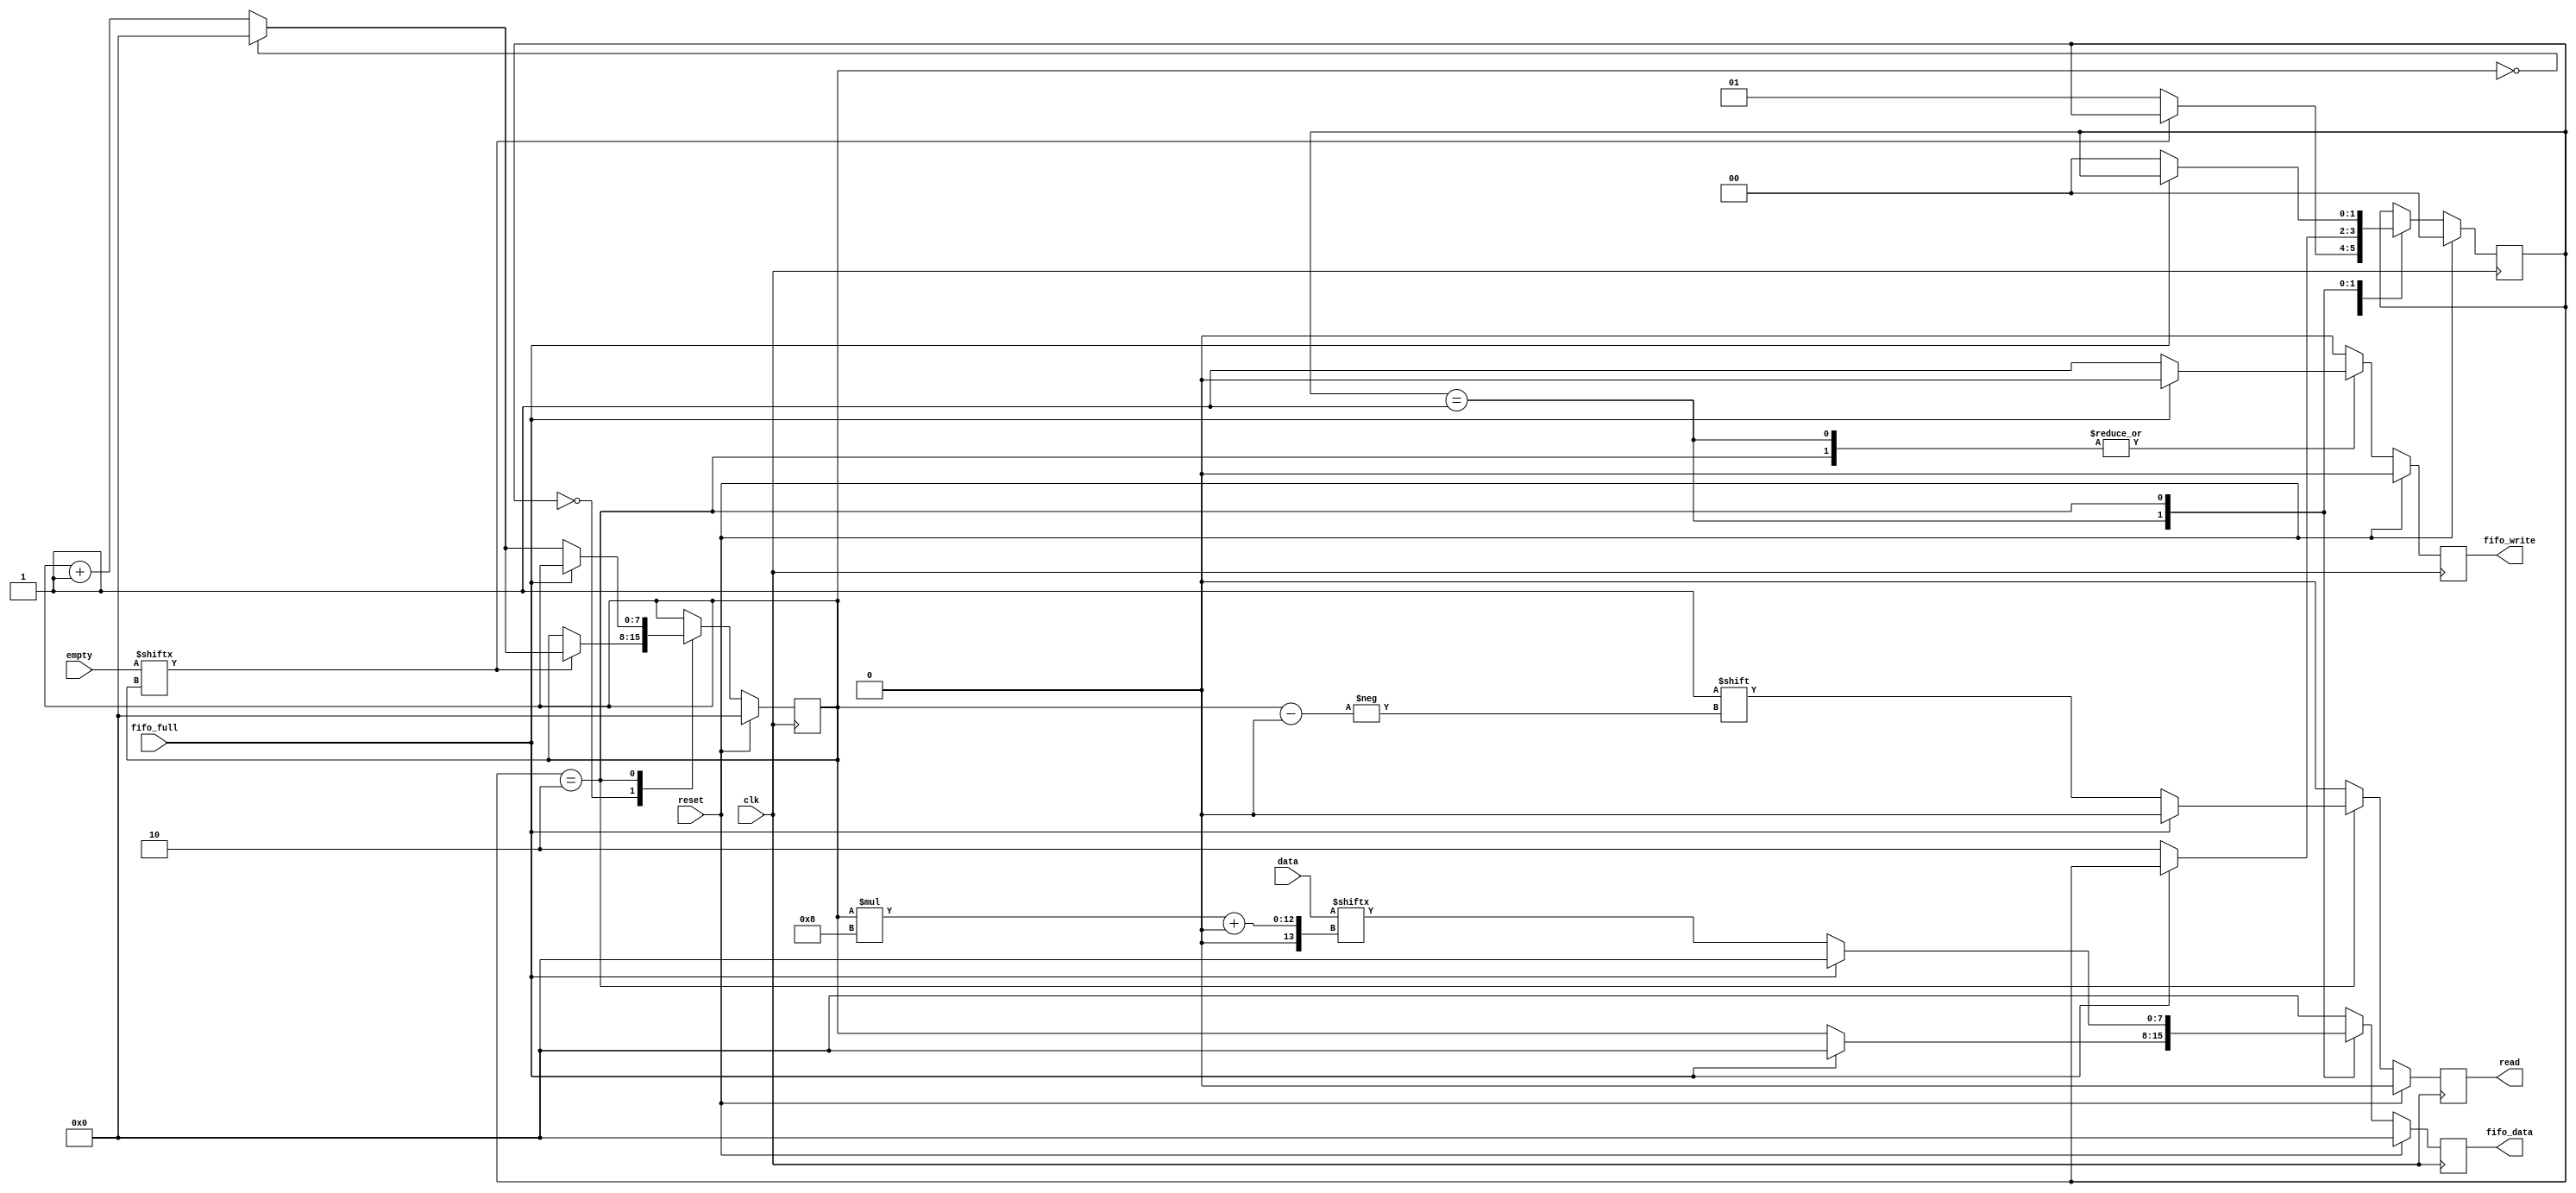
module uart_in_mux
	#(parameter 
		DATA_BITS = 8,
		COUNTER_BITS = 16,
		UART_COUNT = 1
	)
	(
		input wire clk,
		input wire reset,

		input wire fifo_full,
		output wire fifo_write,
		output wire [DATA_BITS-1:0] fifo_data,

		output wire [UART_COUNT-1:0] read,
		input wire [UART_COUNT-1:0] empty,
		input wire [UART_COUNT * DATA_BITS - 1 : 0] data
	);
			
	localparam [1:0]
		CHECK_STATE = 2'd0,
		SEND_INDEX_STATE = 2'd1,
		SEND_VALUE_STATE = 2'd2;

	reg [7:0] uart_index_current, uart_index_next;
	reg [1:0] state_current, state_next;
	reg fifo_write_current, fifo_write_next;
	reg [UART_COUNT-1:0] read_current, read_next;
	reg [DATA_BITS-1:0] fifo_data_current, fifo_data_next;

	always @(posedge clk) begin
		if (reset) begin
			state_current <= CHECK_STATE;
			uart_index_current <= 0;
			fifo_write_current <= 0;
			fifo_data_current <= 0;
			read_current <= 0;
		end
		else begin
			state_current <= state_next;
			uart_index_current <= uart_index_next;
			fifo_write_current <= fifo_write_next;
			fifo_data_current <= fifo_data_next;
			read_current <= read_next;
		end
	end

	always @* begin
		state_next = state_current;
		uart_index_next = uart_index_current;
		fifo_write_next = 0;
		fifo_data_next = 0;
		read_next = 0;

		case (state_current)
			CHECK_STATE: begin
				if (empty[uart_index_current]) begin
					if (uart_index_current == UART_COUNT - 1) begin
						uart_index_next = 0;
					end else begin
						uart_index_next = uart_index_current + 1;
					end
				end else begin
					state_next = SEND_INDEX_STATE;
				end
			end

			SEND_INDEX_STATE: begin
				if (~fifo_full) begin
					state_next = SEND_VALUE_STATE;
					fifo_write_next = 1'b1;
					fifo_data_next = uart_index_current;
				end
			end

			SEND_VALUE_STATE: begin
				if (~fifo_full) begin
					state_next = CHECK_STATE;
					read_next[uart_index_current] = 1'b1;
					fifo_write_next = 1'b1;
					fifo_data_next = data[uart_index_current * DATA_BITS +: DATA_BITS];				
					if (uart_index_current == UART_COUNT - 1) begin
						uart_index_next = 0;
					end else begin
						uart_index_next = uart_index_current + 1;
					end
				end			
			end

		endcase
	end
	
	assign fifo_write = fifo_write_current;
	assign fifo_data = fifo_data_current;
	assign read = read_current;

endmodule